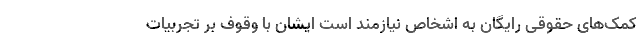
کمک‌های حقوقی رایگان به اشخاص نیازمند است ایشان با وقوف بر تجربیات